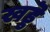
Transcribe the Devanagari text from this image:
खड्डॆ